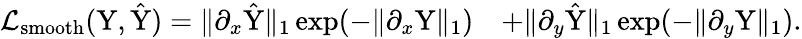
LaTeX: \begin{array}{rl}{\mathcal{L}_{\mathrm{smooth}}(\mathrm{Y},\hat{\mathrm{Y}})=\| \partial_{x}\hat{\mathrm{Y}}\| _{1}\exp(-\| \partial_{x}\mathrm{Y}\| _{1})}&{+\| \partial_{y}\hat{\mathrm{Y}}\| _{1}\exp(-\| \partial_{y}\mathrm{Y}\| _{1}).}\end{array}